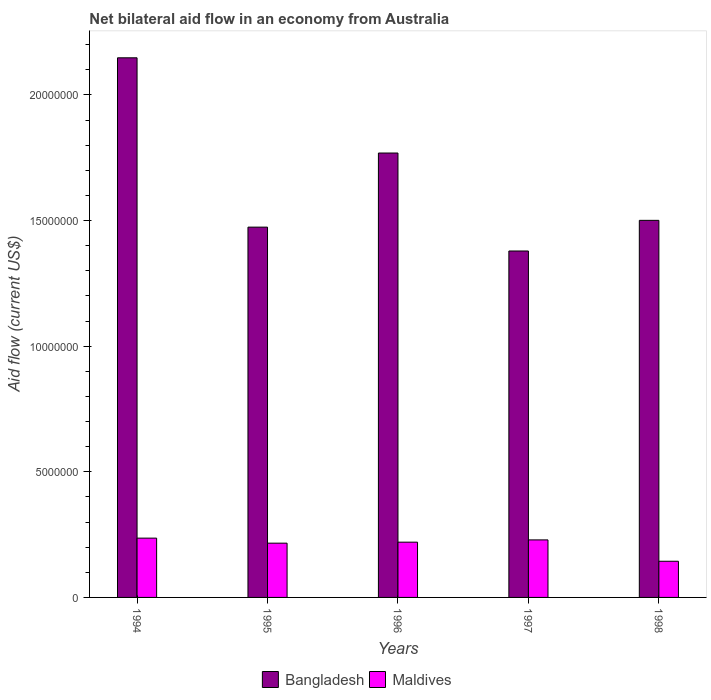
| Years | Bangladesh | Maldives |
 | --- | --- | --- |
 | 1994 | 2.15e+07 | 2.36e+06 |
 | 1995 | 1.47e+07 | 2.16e+06 |
 | 1996 | 1.77e+07 | 2.2e+06 |
 | 1997 | 1.38e+07 | 2.29e+06 |
 | 1998 | 1.5e+07 | 1.44e+06 |